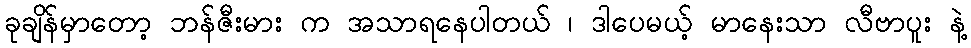
ခုချိန်မှာတော့ ဘန်ဇီးမား က အသာရနေပါတယ် ၊ ဒါပေမယ့် မာနေးသာ လီဗာပူး နဲ့